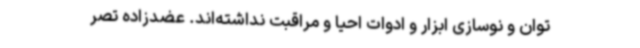
توان و نوسازی ابزار و ادوات احیا و مراقبت نداشته‌اند. عضدزاده تصر